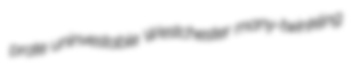
prate uninvestable Westchester many-twinkling